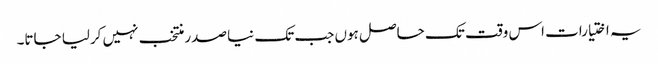
یہ اختیارات اس وقت تک حاصل ہوں جب تک نیا صدر منتخب نہیں کرلیا جاتا۔